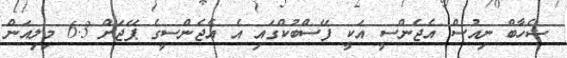
ޝެހާބް ނިއުސް އެޖެންސީ އަކީ ފޭސްބުކްގައި އެ އެޖެންސީގެ ޕޭޖަށް 6.3 މިލިއަން